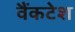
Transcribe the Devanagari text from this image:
वैंकटेश